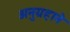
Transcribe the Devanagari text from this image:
अनुग्रहाने